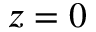
z = 0